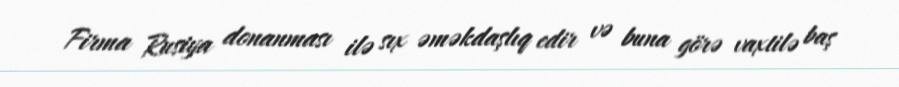
Firma Rusiya donanması ilə sıx əməkdaşlıq edir və buna görə vaxtilə baş